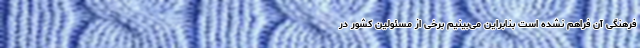
فرهنگی آن فراهم نشده است بنابراین می‌بینیم برخی از مسئولین کشور در